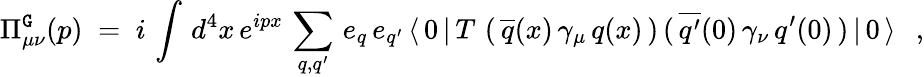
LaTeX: \Pi_{\mu\nu}^{\mathtt{G}}(p)\; =\; i\, \int\, d^{4}x\, e^{ipx}\, \sum_{q,q^{\prime}}\, e_{q}\, e_{q^{\prime}}\, \langle\, 0\, |\, T\, \left(\, \overline{{{{q}}}}(x)\, \gamma_{\mu}\, q(x)\, \right)\, (\, \overline{{{{q^{\prime}}}}}(0)\, \gamma_{\nu}\, q^{\prime}(0)\, )\, |\, 0\, \rangle\; \; \, ,